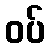
ဝပ်